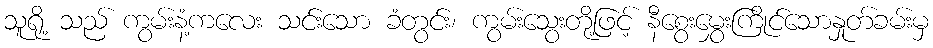
သူရို့ သည် ကွမ်းနံ့ကလေး သင်းသော ခံတွင်း၊ ကွမ်းသွေးတို့ဖြင့် နီစွေးမွှေးကြိုင်သောနှုတ်ခမ်းမှ